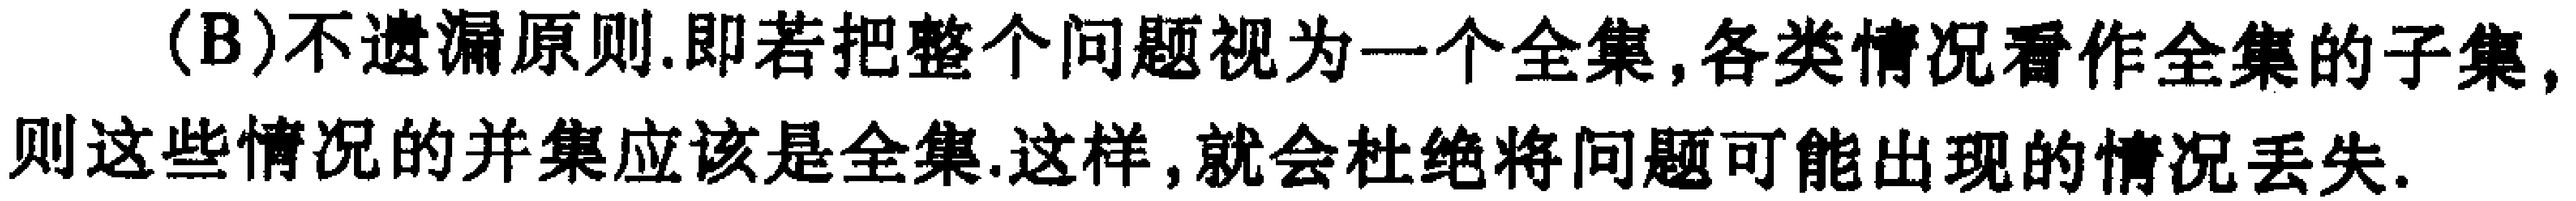
(B)不遗漏原则.即若把整个问题视为一个全集,各类情况看作全集的子集,则这些情况的并集应该是全集.这样,就会杜绝将问题可能出现的情况丢失.